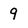
Character: 9